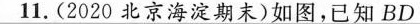
11.(2020 北京海淀期末)如图，已知BD